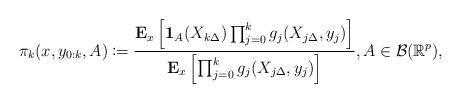
LaTeX: \begin{align*}\pi_{k}(x,y_{0:k},A)\coloneqq\frac{\mathbf{E}_{x}\left[\mathbf{1}_{A}(X_{k\Delta})\prod_{j=0}^{k}g_{j}(X_{j\Delta},y_{j})\right]}{\mathbf{E}_{x}\left[\prod_{j=0}^{k}g_{j}(X_{j\Delta},y_{j})\right]},A\in\mathcal{B}(\mathbb{R}^{p}),\end{align*}